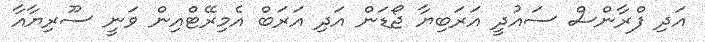
އަދި ފްރާންސް ސައުދީ އަރަބިޔާ ޖޯޑަން އަދި އަރަބް އެމިރޭޓްއިން ވަނީ ސޫރިޔާއާ